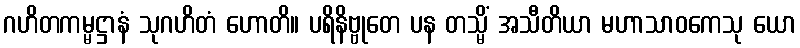
ဂဟိတကမ္မဋ္ဌာနံ သုဂဟိတံ ဟောတိ။ ပရိနိဗ္ဗုတေ ပန တသ္မိံ အသီတိယာ မဟာသာဝကေသု ယော